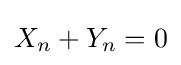
X_{n}+Y_{n}=0